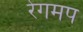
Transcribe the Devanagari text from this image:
रेगमप